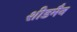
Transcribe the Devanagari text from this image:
शीडमैन